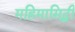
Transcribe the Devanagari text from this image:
महिमासिद्धी